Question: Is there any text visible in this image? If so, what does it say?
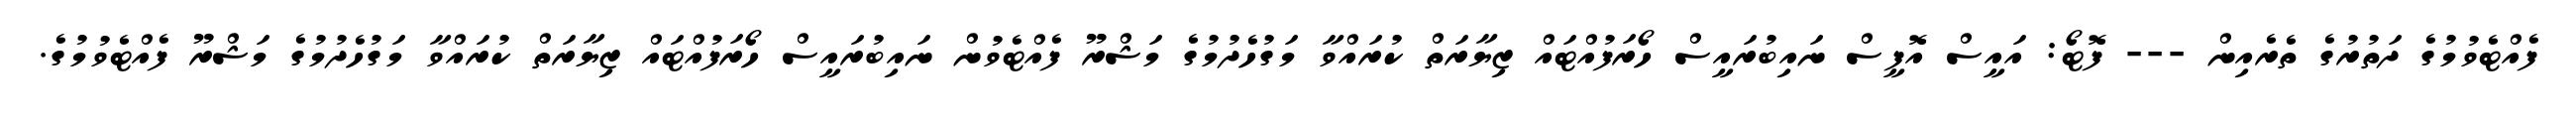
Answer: ފެއްޓެވުމުގެ ދަތުރުގެ ތެރެއިން --- ފޮޓޯ: އައީސް އޮފީސް ނައިބުރައީސް ހޯރަފުއްޓައް ޒިޔާރަތް ކުރައްވާ މަގުހެދުމުގެ މަޝްރޫ ފެއްޓެވުން ނައިބުރައީސް ހޯރަފުއްޓައް ޒިޔާރަތް ކުރައްވާ މަގުހެދުމުގެ މަޝްރޫ ފެއްޓެވުމުގެ.